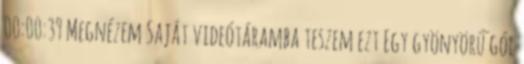
00:00:39 Megnézem Saját videótáramba teszem ezt Egy gyönyörű gól